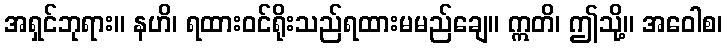
အရှင်ဘုရား။ နဟိ၊ ရထားဝင်ရိုးသည်ရထားမမည်ချေ။ ဣတိ၊ ဤသို့။ အဝေါစ၊